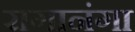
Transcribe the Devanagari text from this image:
रागानंगा